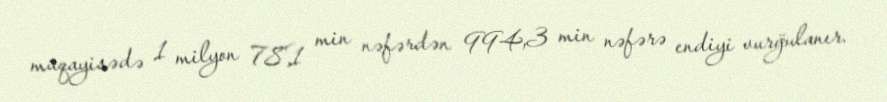
müqayisədə 1 milyon 78,1 min nəfərdən 994,3 min nəfərə endiyi vurğulanır.